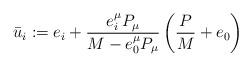
LaTeX: \begin{align*}\bar{u}_{i}:=e_{i}+\frac{e_{i}^{\mu}P_{\mu}}{M-e_0^{\mu}P_{\mu}}\left(\frac{P}{M}+e_0\right)\end{align*}